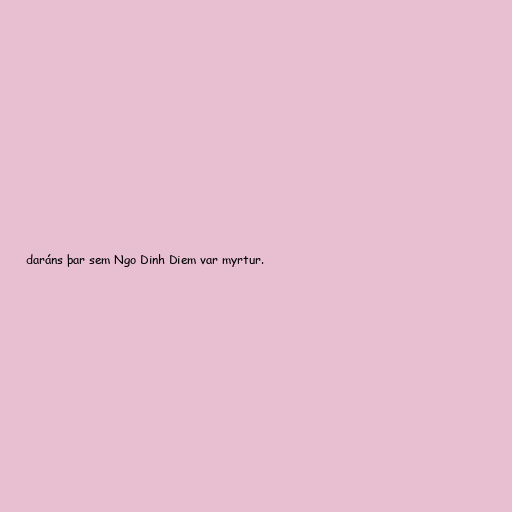
daráns þar sem Ngo Dinh Diem var myrtur.